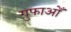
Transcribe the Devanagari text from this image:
गुफाओँ